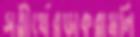
সতীর্থেরডাকরামলি